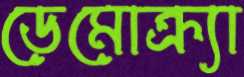
ডেমোক্র্যা